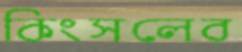
কিংসলের